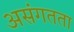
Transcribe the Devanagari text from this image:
असंगतता